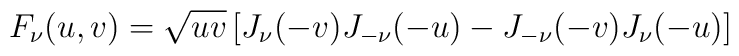
F_{\nu}(u,v) = \sqrt{uv} \left[ J_{\nu}(-v) J_{-\nu}(-u) - J_{-\nu}(-v) J_{\nu}(-u) \right]